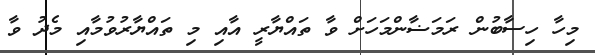
މިހާ ހިސާބުން ރަމަޟާންމަހަށް ވާ ތައްޔާރީ އާއި މި ތައްޔާރުވުމާއި މެދު ވާ